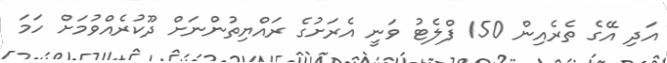
އަދި އޭގެ ތެރެއިން 150 ފްލެޓު ވަނީ އެރަށުގެ ރައްޔިތުންނަށް ދޫކުރެއްވުމަށް ހަމަ